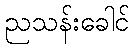
ညသန်းခေါင်